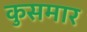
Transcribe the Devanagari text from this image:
कुसमार